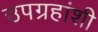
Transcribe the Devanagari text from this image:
उपग्रहांशी